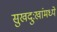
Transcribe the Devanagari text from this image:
सुखदुःखांमध्ये